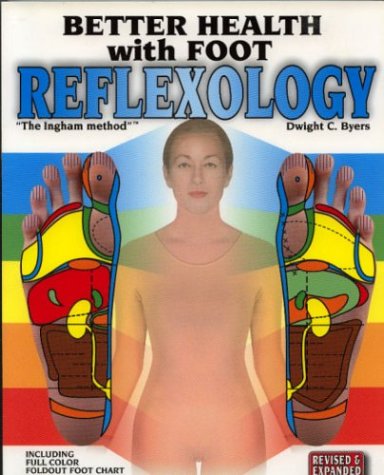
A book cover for Better Health with Foot Reflexology; Dwight C. Byers; Health, Fitness & Dieting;